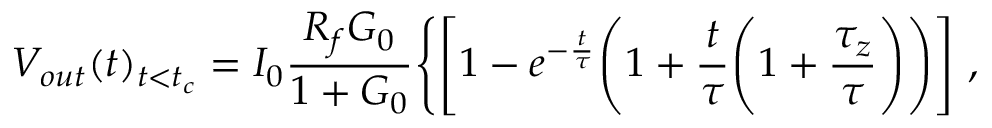
V _ { o u t } ( t ) _ { t < t _ { c } } = I _ { 0 } \frac { R _ { f } G _ { 0 } } { 1 + G _ { 0 } } \Bigg \{ \Bigg [ 1 - e ^ { - \frac { t } { \tau } } \Bigg ( 1 + \frac { t } { \tau } \Bigg ( 1 + \frac { \tau _ { z } } { \tau } \Bigg ) \Bigg ) \Bigg ] ~ ,